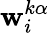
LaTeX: \mathbf{w}_{i}^{k\alpha}